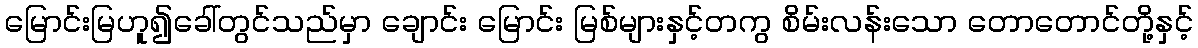
မြောင်းမြဟူ၍ခေါ်တွင်သည်မှာ ချောင်း မြောင်း မြစ်များနှင့်တကွ စိမ်းလန်းသော တောတောင်တို့နှင့်